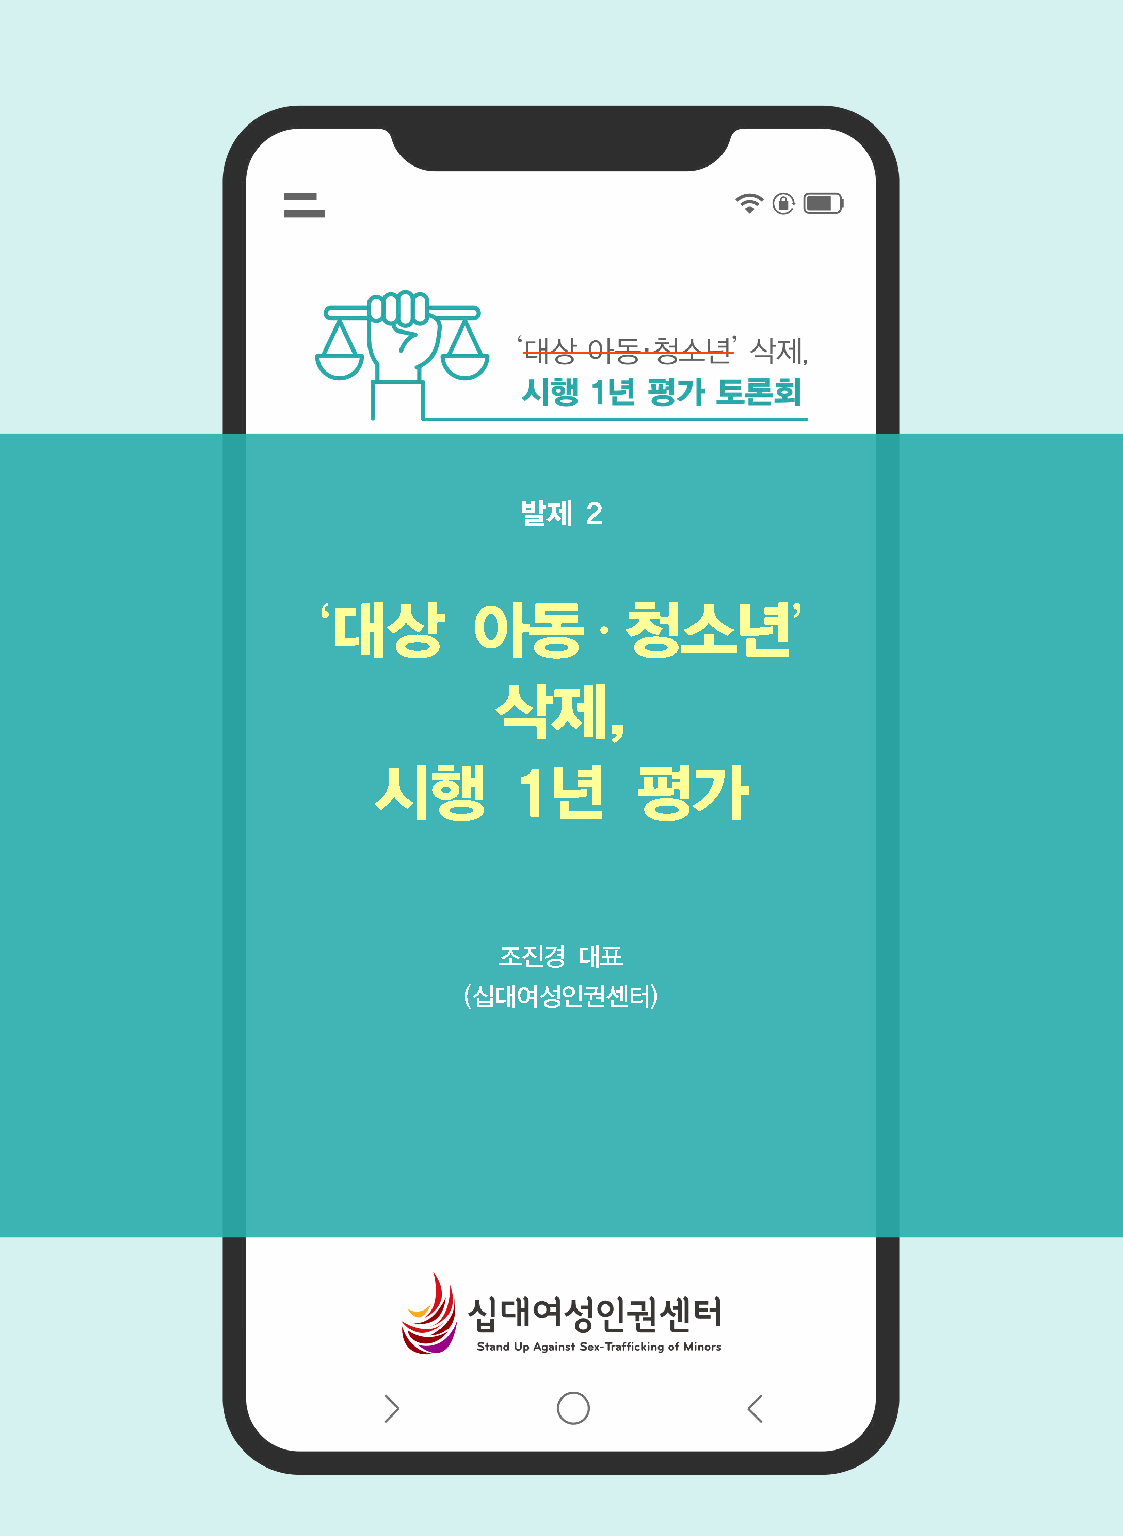
발제  2
 ‘대상       아동       ․ 청소년’
 삭제,
 시행       1년      평가
 조진경  대표
 (십대여성인권센터)